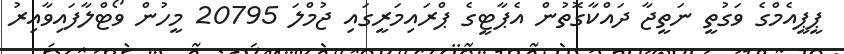
ޕީޕީއެމްގެ ވަގުތީ ނަތީޖާ ދައްކާގޮތުން އެޕާޓީގެ ޕްރައިމަރީގައި ޖުމްލަ 20795 މީހުން ވޯޓްލާފައިވާއިރު